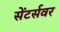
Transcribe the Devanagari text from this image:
सेंटर्सवर